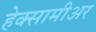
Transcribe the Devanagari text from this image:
हेक्सामीअर